On kala azar, malaria and malarial cachexia - Number 19
Disease focus: Malaria
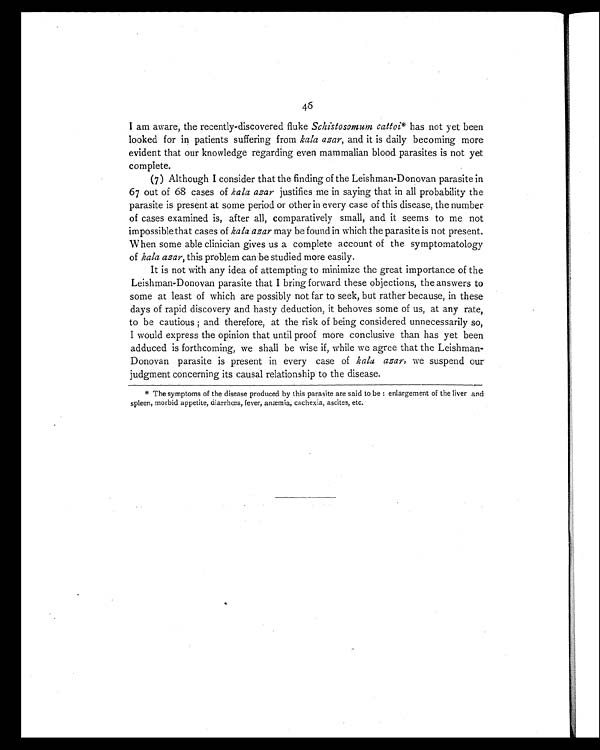
46
I am aware, the recently-discovered fluke Schistosomum cattoi* has not yet been
looked for in patients suffering from kala azar, and it is daily becoming more
evident that our knowledge regarding even mammalian blood parasites is not yet
complete.
(7) Although I consider that the finding of the Leishman-Donovan parasite in
67 out of 68 cases of kala azar justifies me in saying that in all probability the
parasite is present at some period or other in every case of this disease, the number
of cases examined is, after all, comparatively small, and it seems to me not
impossible that cases of kala azar may be found in which the parasite is not present.
When some able clinician gives us a complete account of the symptomatology
of kala azar, this problem can be studied more easily.
It is not with any idea of attempting to minimize the great importance of the
Leishman-Donovan parasite that I bring forward these objections, the answers to
some at least of which are possibly not far to seek, but rather because, in these
days of rapid discovery and hasty deduction, it behoves some of us, at any rate,
to be cautious ; and therefore, at the risk of being considered unnecessarily so,
I would express the opinion that until proof more conclusive than has yet been
adduced is forthcoming, we shall be wise if, while we agree that the Leishman-
Donovan parasite is present in every case of kala azar, we suspend our
judgment concerning its causal relationship to the disease.
* The symptoms of the disease produced by this parasite are said to be : enlargement of the liver and
spleen, morbid appetite, diarrhœa, fever, anæmia, cachexia, ascites, etc.